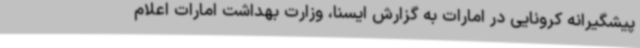
پیشگیرانه کرونایی در امارات به گزارش ایسنا، وزارت بهداشت امارات اعلام